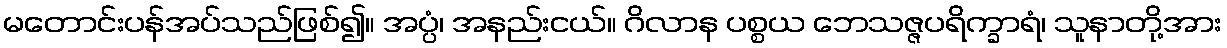
မတောင်းပန်အပ်သည်ဖြစ်၍။ အပ္ပံ၊ အနည်းငယ်။ ဂိလာန ပစ္စယ ဘေသဇ္ဇပရိက္ခာရံ၊ သူနာတို့အား